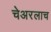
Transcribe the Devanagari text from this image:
चेअरलाच